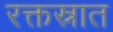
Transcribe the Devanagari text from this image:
रक्तस्नात